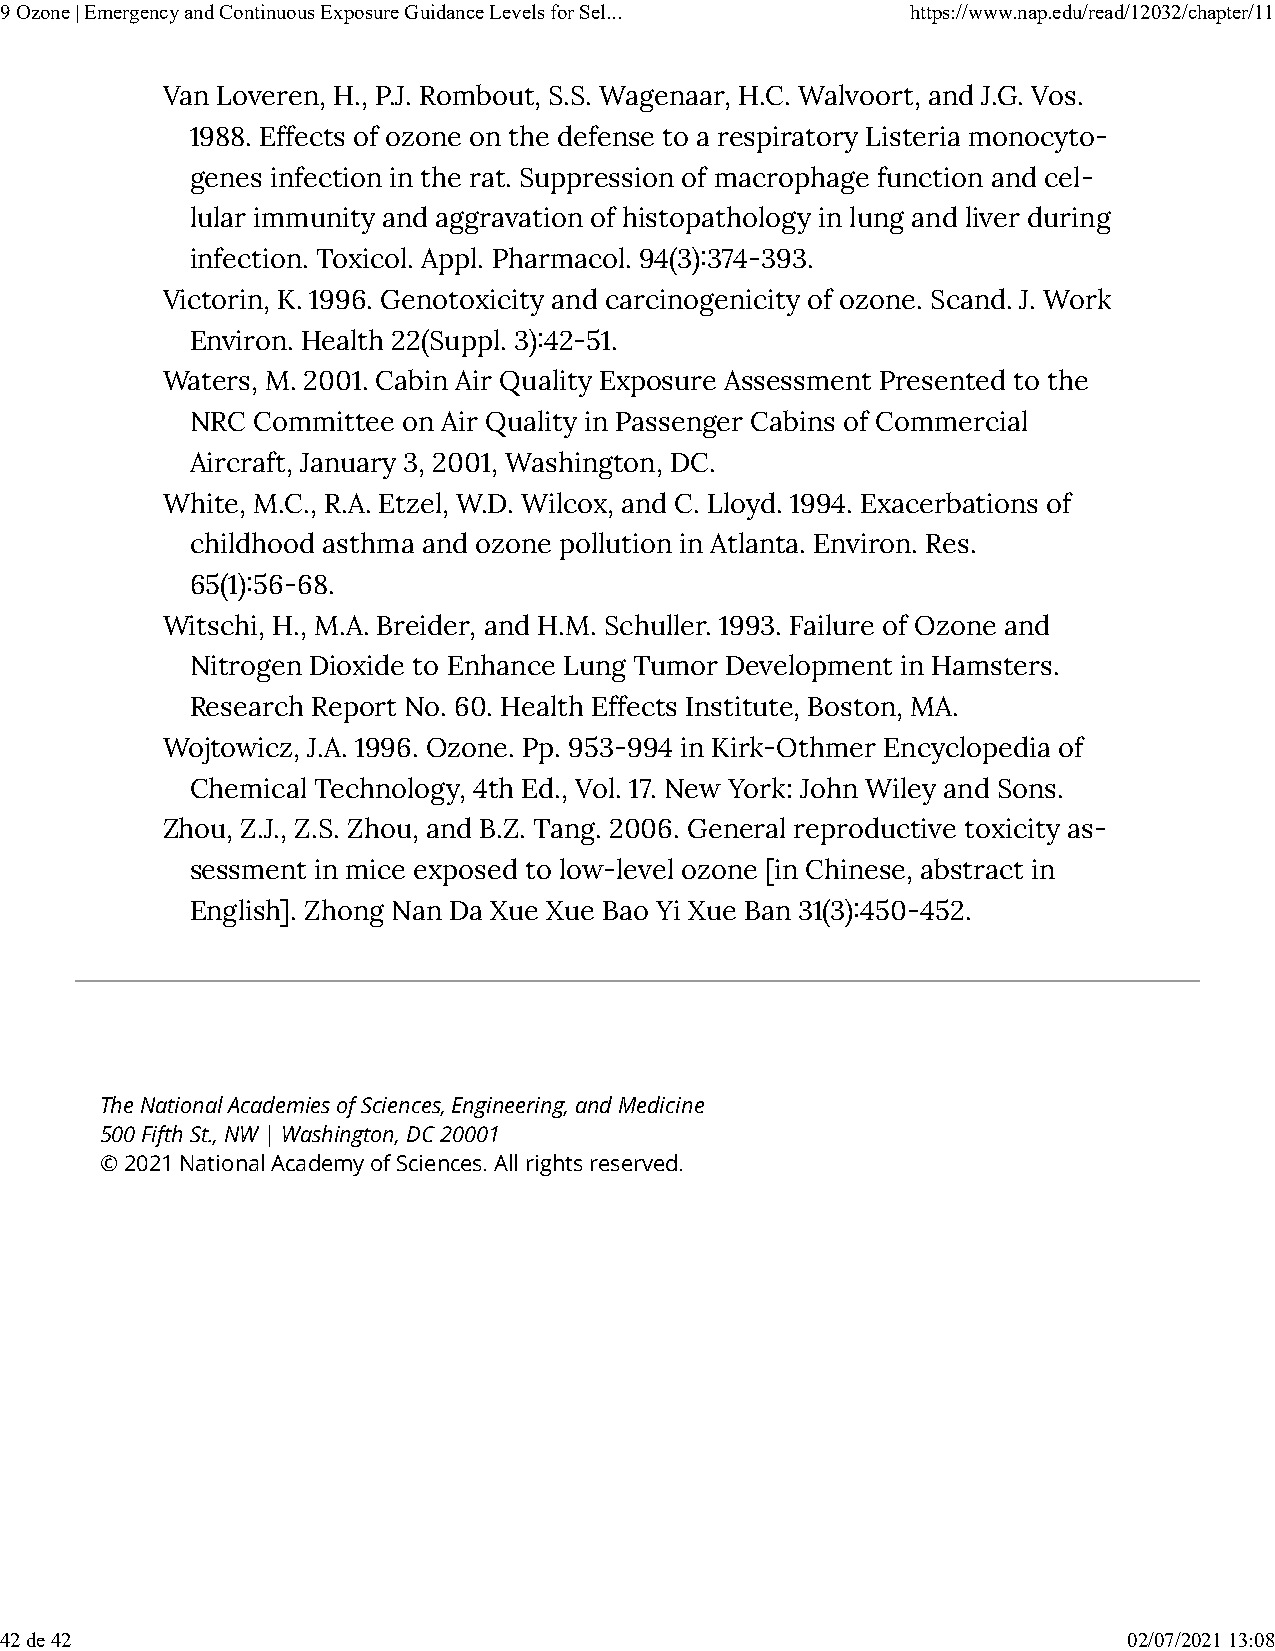
9 Ozone | Emergency and Continuous Exposure Guidance Levels for Sel... https://www.nap.edu/read/12032/chapter/11
 Van Loveren, H., P.J. Rombout, S.S. Wagenaar, H.C. Walvoort, and J.G. Vos.
 1988. Effects of ozone on the defense to a respiratory Listeria monocyto-
 genes infection in the rat. Suppression of macrophage function and cel-
 lular immunity and aggravation of histopathology in lung and liver during
 infection. Toxicol. Appl. Pharmacol. 94(3)�374-393.
 Victorin, K. 1996. Genotoxicity and carcinogenicity of ozone. Scand. J. Work
 Environ. Health 22(Suppl. 3)�42-51.
 Waters, M. 2001. Cabin Air Quality Exposure Assessment Presented to the
 NRC Committee on Air Quality in Passenger Cabins of Commercial
 Aircraft, January 3, 2001, Washington, DC.
 White, M.C., R.A. Etzel, W.D. Wilcox, and C. Lloyd. 1994. Exacerbations of
 childhood asthma and ozone pollution in Atlanta. Environ. Res.
 65(1)�56-68.
 Witschi, H., M.A. Breider, and H.M. Schuller. 1993. Failure of Ozone and
 Nitrogen Dioxide to Enhance Lung Tumor Development in Hamsters.
 Research Report No. 60. Health Effects Institute, Boston, MA.
 Wojtowicz, J.A. 1996. Ozone. Pp. 953-994 in Kirk-Othmer Encyclopedia of
 Chemical Technology, 4th Ed., Vol. 17. New York: John Wiley and Sons.
 Zhou, Z.J., Z.S. Zhou, and B.Z. Tang. 2006. General reproductive toxicity as-
 sessment in mice exposed to low-level ozone [in Chinese, abstract in
 English]. Zhong Nan Da Xue Xue Bao Yi Xue Ban 31(3)�450-452.
 The National Academies of Sciences, Engineering, and Medicine
 500 Fifth St., NW | Washington, DC 20001
 © 2021 National Academy of Sciences. All rights reserved.
 42 de 42                                                                   02/07/2021 13:08